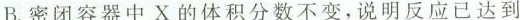
B.密闭容器中X的体积分数不变，说明反应已达到